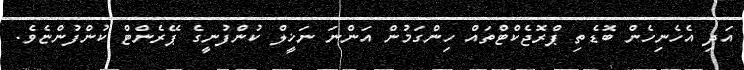
އަދި އެހެނިހެން ބޮޑެތި ޕްރޮޖެކްޓްތައް ހިންގަމުން އަންނަ ނަޚީލް ކުންފުނީގެ ޕޭރެންޓް ކުންފުންޏެވެ.